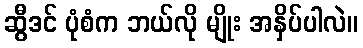
ဆွီဒင် ပုံစံက ဘယ်လို မျိုး အနှိပ်ပါလဲ။